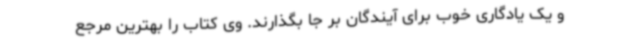
و یک یادگاری خوب برای آیندگان بر جا بگذارند. وی کتاب را بهترین مرجع